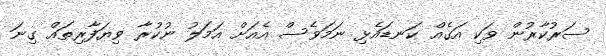
ސަރުކާރުން ވަކި އަގެއް ކަނޑައެޅި ނަމަވެސް އެއަށް އަމަލު ނުކުރާ ވިޔަފާރިތައް ގިނަ